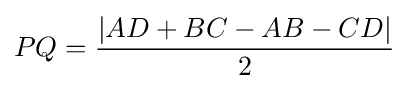
PQ={\frac {|AD+BC-AB-CD|}{2}}